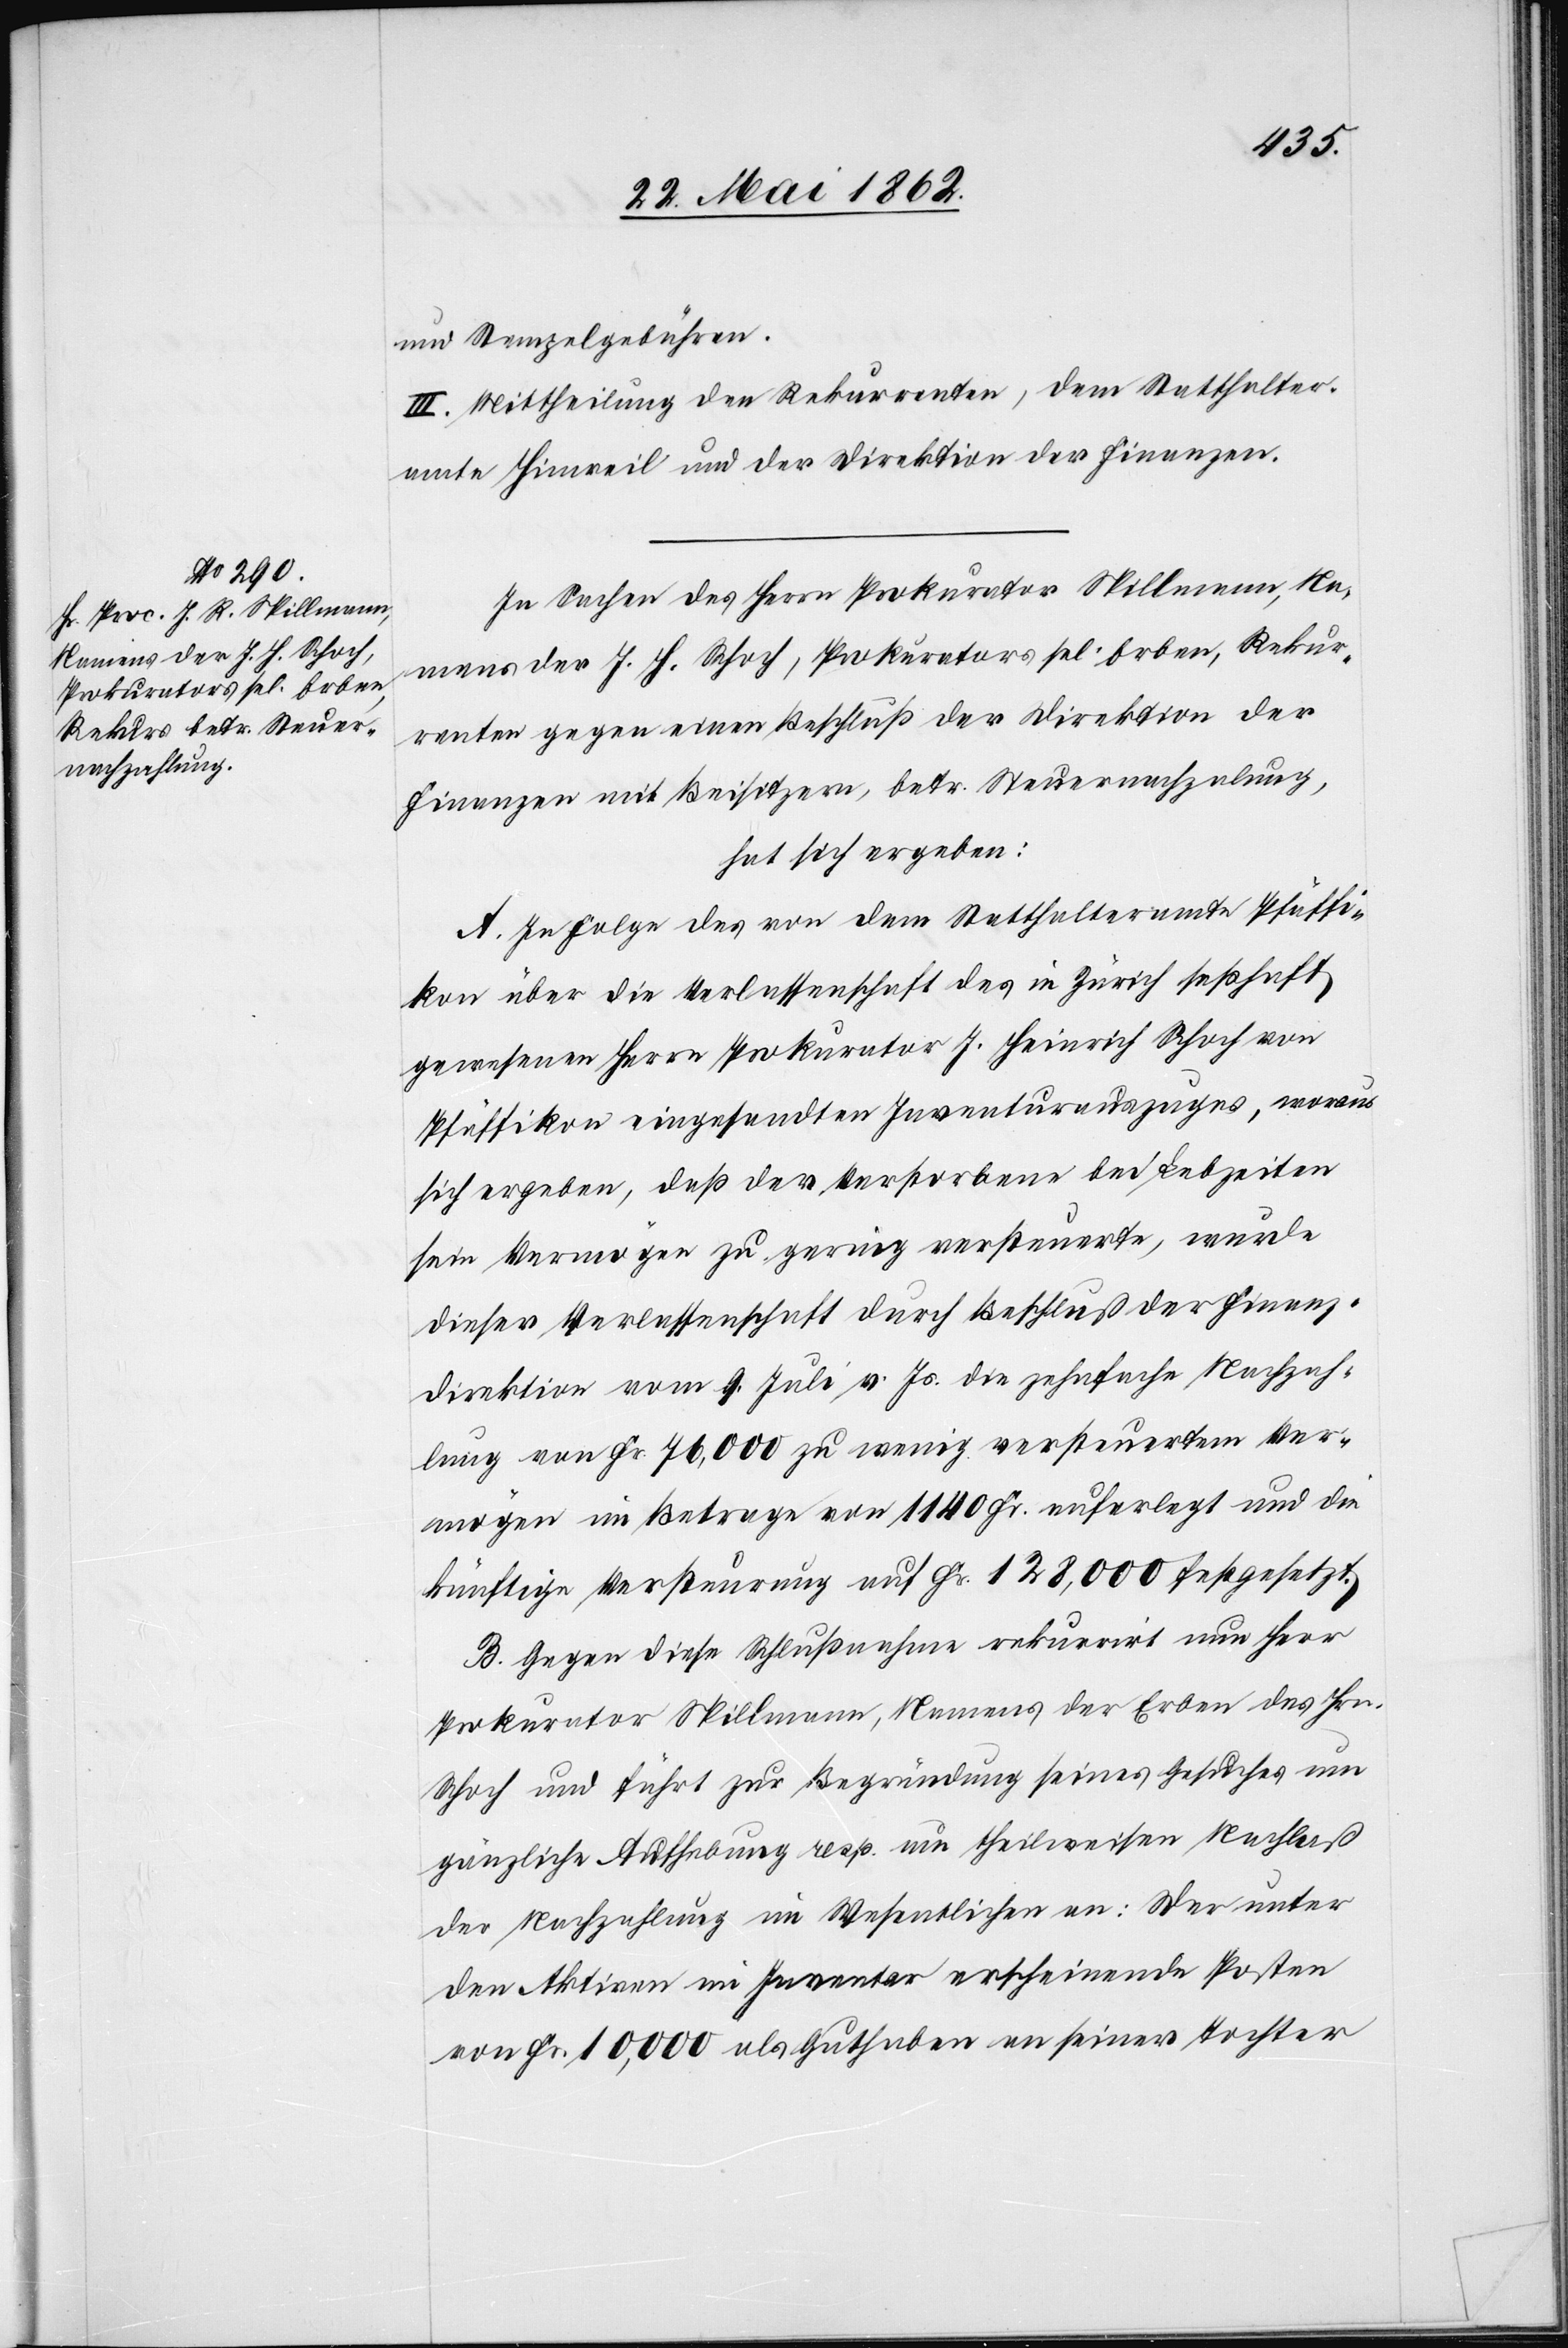
und Stempelgebühren.
III. Mittheilung den Rekurrenten, dem Statthalter¬
amte Hinweil und der Direktion der Finanzen.
In Sachen des Herrn Prokurator Spillmann, Na¬
mens der J. H. Schoch, Prokurators sel. Erben, Rekur¬
renten gegen einen Beschluß der Direktion der
Finanzen mit Beisitzern, betr. Steuernachzahlung,
hat sich ergeben:
A. In Folge des von dem Statthalteramte Pfäffi¬
kon über die Verlassenschaft des in Zürich seßhaft
gewesenen Herrn Prokurator J. Heinrich Schoch von
Pfäffikon eingesandten Inventurauszuges, woraus
sich ergeben, daß der Verstorbene bei Lebzeiten
sein Vermögen zu gering versteuerte, wurde
dieser Verlassenschaft durch Beschluß der Finanz¬
direktion vom 9. Juli v. Js. die zehnfache Nachzah¬
lung von Fr. 76,000 zu wenig versteuertem Ver¬
mögen im Betrage von 1140 Fr. auferlegt und die
künftige Versteurung auf Fr. 128,000 festgesetzt.
B. Gegen diese Schlußnahme rekurrirt nun Herr
Prokurator Spillmann, Namens der Erben des Hrn.
Schoch und führt zur Begründung seines Gesuches um
gänzliche Aufhebung resp. um theilweisen Nachlaß
der Nachzahlung im Wesentlichen an: Der unter
den Aktiven im Inventar erscheinende Posten
von Fr. 10,000 als Guthaben an seiner Tochter